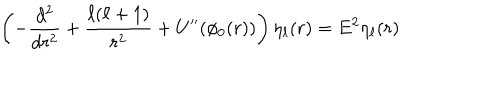
\left( - \frac { d ^ { 2 } } { d r ^ { 2 } } + \frac { \ell ( \ell + 1 ) } { r ^ { 2 } } + U ^ { \prime \prime } ( \phi _ { 0 } ( r ) ) \right) \eta _ { \ell } ( r ) = E ^ { 2 } \eta _ { \ell } ( r )